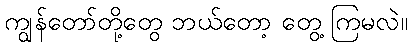
ကျွန်တော်တို့တွေ ဘယ်တော့ တွေ့ ကြမလဲ။